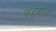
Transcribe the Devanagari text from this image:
पांडवांतर्फे